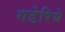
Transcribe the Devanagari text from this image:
गडेरिये